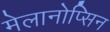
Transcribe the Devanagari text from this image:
मेलानोप्सिन